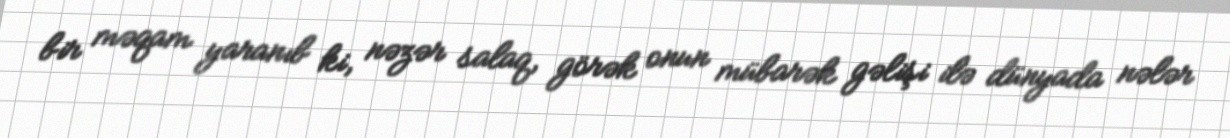
bir məqam yaranıb ki, nəzər salaq, görək onun mübarək gəlişi ilə dünyada nələr